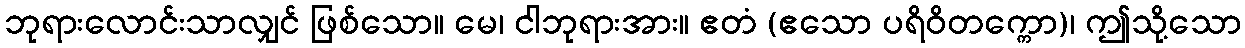
ဘုရားလောင်းသာလျှင် ဖြစ်သော။ မေ၊ ငါဘုရားအား။ ဧတံ (ဧသော ပရိဝိတက္ကော)၊ ဤသို့သော